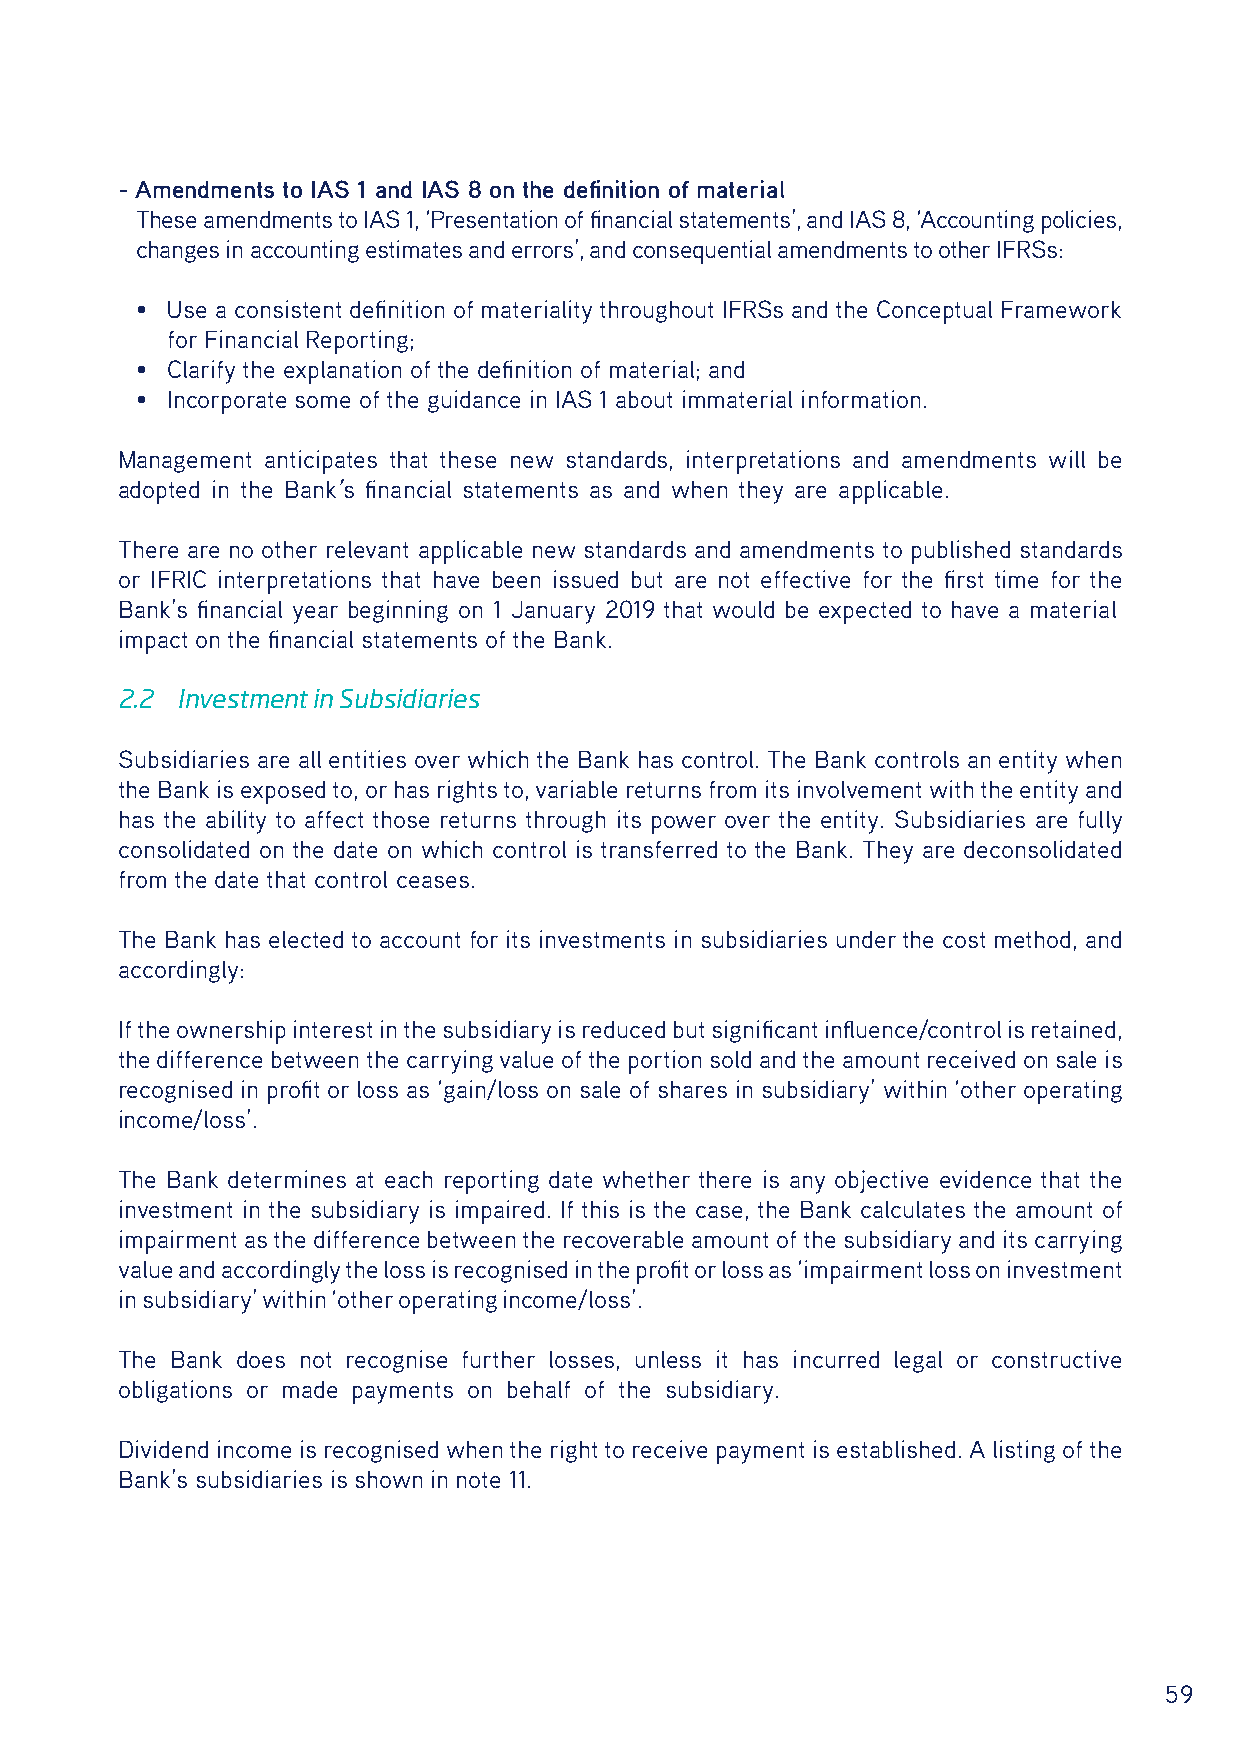
- Amendments to IAS 1 and IAS 8 on the definition of material
 These amendments to IAS 1, ‘Presentation of financial statements’, and IAS 8, ‘Accounting policies,
 changes in accounting estimates and errors’, and consequential amendments to other IFRSs:
 • Use a consistent definition of materiality throughout IFRSs and the Conceptual Framework
 for Financial Reporting;
 • Clarify the explanation of the definition of material; and
 • Incorporate some of the guidance in IAS 1 about immaterial information.
 Management anticipates that these new standards, interpretations and amendments will be
 adopted in the Bank’s financial statements as and when they are applicable.
 There are no other relevant applicable new standards and amendments to published standards
 or IFRIC interpretations that have been issued but are not effective for the first time for the
 Bank’s financial year beginning on 1 January 2019 that would be expected to have a material
 impact on the financial statements of the Bank.
 2.2 Investment in Subsidiaries
 Subsidiaries are all entities over which the Bank has control. The Bank controls an entity when
 the Bank is exposed to, or has rights to, variable returns from its involvement with the entity and
 has the ability to affect those returns through its power over the entity. Subsidiaries are fully
 consolidated on the date on which control is transferred to the Bank. They are deconsolidated
 from the date that control ceases.
 The Bank has elected to account for its investments in subsidiaries under the cost method, and
 accordingly:
 If the ownership interest in the subsidiary is reduced but significant influence/control is retained,
 the difference between the carrying value of the portion sold and the amount received on sale is
 recognised in profit or loss as ‘gain/loss on sale of shares in subsidiary’ within ‘other operating
 income/loss’.
 The Bank determines at each reporting date whether there is any objective evidence that the
 investment in the subsidiary is impaired. If this is the case, the Bank calculates the amount of
 impairment as the difference between the recoverable amount of the subsidiary and its carrying
 value and accordingly the loss is recognised in the profit or loss as ‘impairment loss on investment
 in subsidiary’ within ‘other operating income/loss’.
 The Bank does not recognise further losses, unless it has incurred legal or constructive
 obligations or made payments on behalf of the subsidiary.
 Dividend income is recognised when the right to receive payment is established. A listing of the
 Bank’s subsidiaries is shown in note 11.
 59